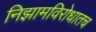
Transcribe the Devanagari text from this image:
निझामविरोधातच